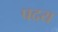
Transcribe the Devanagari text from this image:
पदय